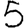
Digit: 5